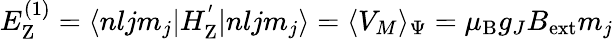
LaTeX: \begin{array}{r}{E_{\mathrm{{Z}}}^{(1)}=\langle nljm_{j}|H_{\mathrm{{Z}}}^{'}|nljm_{j}\rangle=\langle V_{M}\rangle_{\Psi}=\mu_{\mathrm{{B}}}g_{J}B_{\mathrm{{ext}}}m_{j}}\end{array}